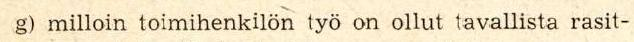
g) milloin toimihenkilön työ on ollut tavallista rasit-